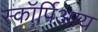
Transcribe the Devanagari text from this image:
स्कॉर्पिआय